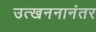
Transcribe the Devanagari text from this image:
उत्खननानंतर